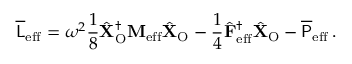
\overline { { \mathsf { L } } } _ { \mathrm { e f f } } = \omega ^ { 2 } \frac { 1 } { 8 } \hat { \mathbf { X } } _ { \mathrm { O } } ^ { \dagger } \mathbf { M } _ { \mathrm { e f f } } \hat { \mathbf { X } } _ { \mathrm { O } } - \frac { 1 } { 4 } \hat { \mathbf { F } } _ { \mathrm { e f f } } ^ { \dagger } \hat { \mathbf { X } } _ { \mathrm { O } } - \overline { { \mathsf { P } } } _ { \mathrm { e f f } } \, .